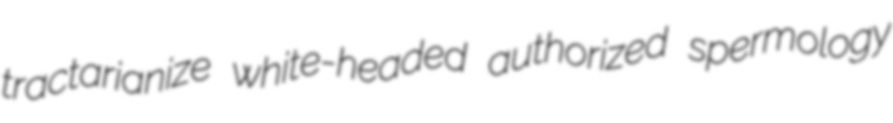
tractarianize white-headed authorized spermology